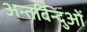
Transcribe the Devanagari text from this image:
अन्तर्बिन्दुओं